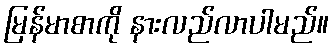
မြန်မာစာကို နားလည်လာပါမည်။